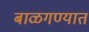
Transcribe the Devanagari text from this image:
बाळगण्यात